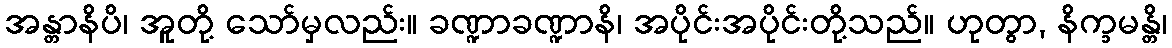
အန္တာနိပိ၊ အူတို့ သော်မှလည်း။ ခဏ္ဍာခဏ္ဍာနိ၊ အပိုင်းအပိုင်းတို့သည်။ ဟုတွာ, နိက္ခမန္တိ၊